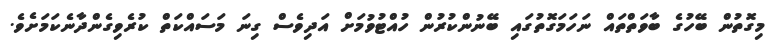
މިގޮތުން ބޭހުގެ ބާވަތްތައް ނަހަމަގޮތުގައި ބޭނުންކުރުން ހުއްޓުވުމަށް އަދިވެސް ގިނަ މަސައްކަތް ކުރެވިގެންދާނެކަމަށެވެ.